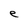
Character: e